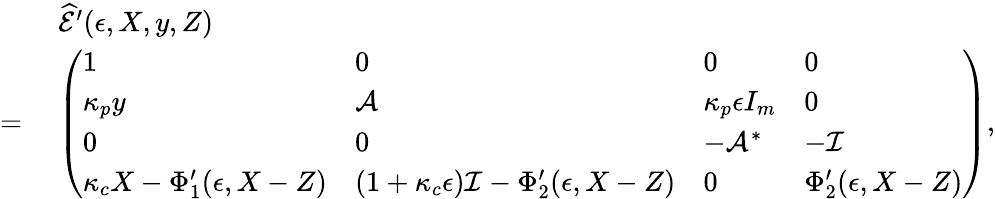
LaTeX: \begin{array}{rl}&{\; \widehat{\mathcal{E}}^{\prime}(\epsilon,X,y,Z)}\\ {=}&{\; \left(\begin{array}{llll}{1}&{0}&{0}&{0}\\ {{\kappa_{p}y}}&{\mathcal{A}}&{\kappa_{p}{\epsilon}I_{m}}&{0}\\ {0}&{0}&{-\mathcal{A}^{*}}&{-\mathcal{I}}\\ {{\kappa_{c}X}-{\Phi_{1}^{\prime}(\epsilon,X-Z)}}&{(1+\kappa_{c}{\epsilon})\mathcal{I}-\Phi_{2}^{\prime}(\epsilon,X-Z)}&{0}&{{\Phi_{2}^{\prime}(\epsilon,X-Z)}}\end{array}\right),}\end{array}